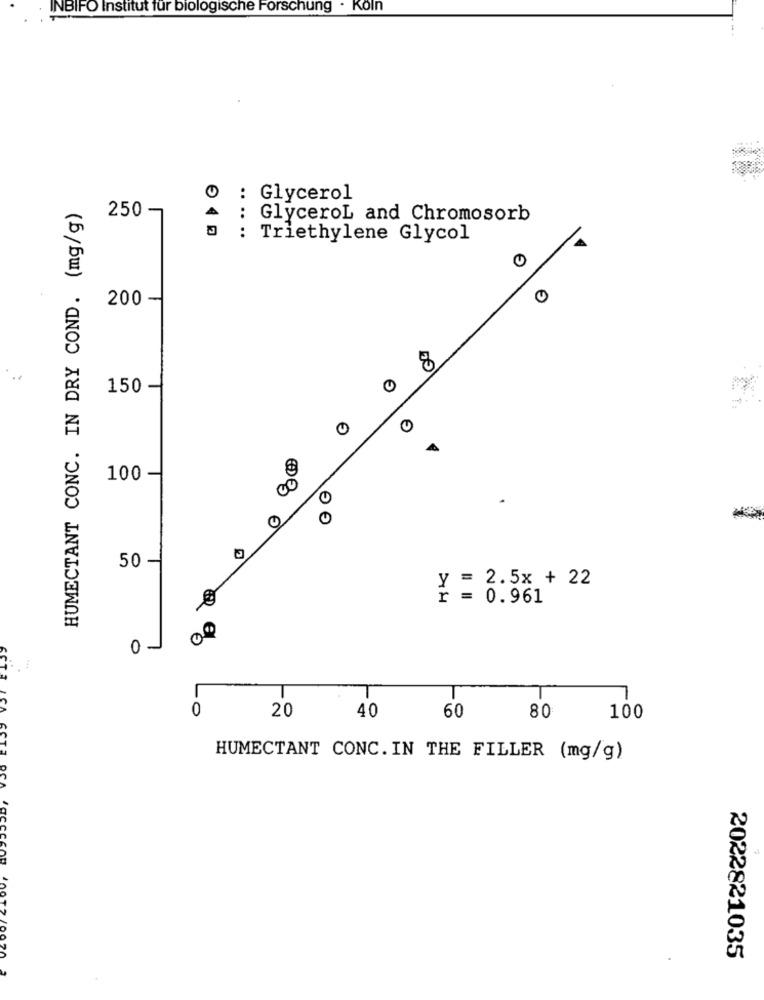
INBIFO Institut für biologische Forschung . Koln
: Glycerol
HUMECTANT CONC. IN DRY COND. (mg/g)
250
GlyceroL and Chromosorb
.... .
J : Triethylene Glycol
0 40
200 -
150 -
100-
3
50 -
2.5x + 22
Y
+ =
0.961
00
01
-0
20
40
60
80
100
HUMECTANT CONC. IN THE FILLER (mg/g)
Jac
2022821035